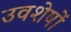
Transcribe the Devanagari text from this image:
उवशेषों